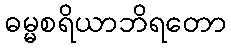
ဓမ္မစရိယာဘိရတော